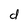
Character: d